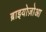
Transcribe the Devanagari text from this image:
ब्राइयोज़ोआ